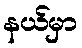
နယ်မှာ